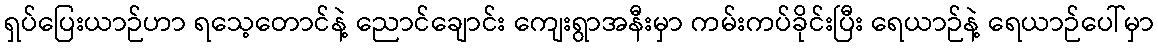
ရှပ်ပြေးယာဉ်ဟာ ရသေ့တောင်နဲ့ ညောင်ချောင်း ကျေးရွာအနီးမှာ ကမ်းကပ်ခိုင်းပြီး ရေယာဉ်နဲ့ ရေယာဉ်ပေါ်မှာ